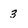
Character: 3